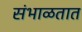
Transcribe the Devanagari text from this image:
संभाळतात